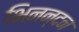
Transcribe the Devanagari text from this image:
भिनन्दन